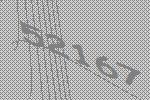
52167